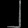
Digit: ၂